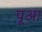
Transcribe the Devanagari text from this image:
पूआ